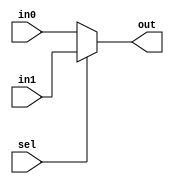
module mux_2(sel, in0, in1, out);
	input sel;
	input [31:0] in0, in1;
	output [31:0] out;
	assign out = sel ? in1 : in0;
endmodule